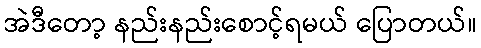
အဲဒီတော့ နည်းနည်းစောင့်ရမယ် ပြောတယ်။